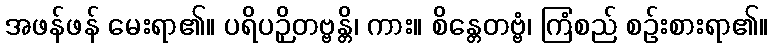
အဖန်ဖန် မေးရာ၏။ ပရိပဉှိတဗ္ဗန္တိ၊ ကား။ စိန္တေတဗ္ဗံ၊ ကြံစည် စဉ်းစားရာ၏။